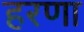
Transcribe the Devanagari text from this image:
हरणा